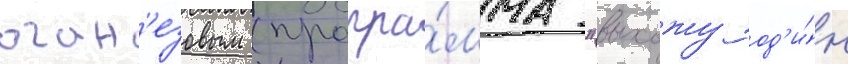
оган'езовым (програ́мма "выхожу од'и́н